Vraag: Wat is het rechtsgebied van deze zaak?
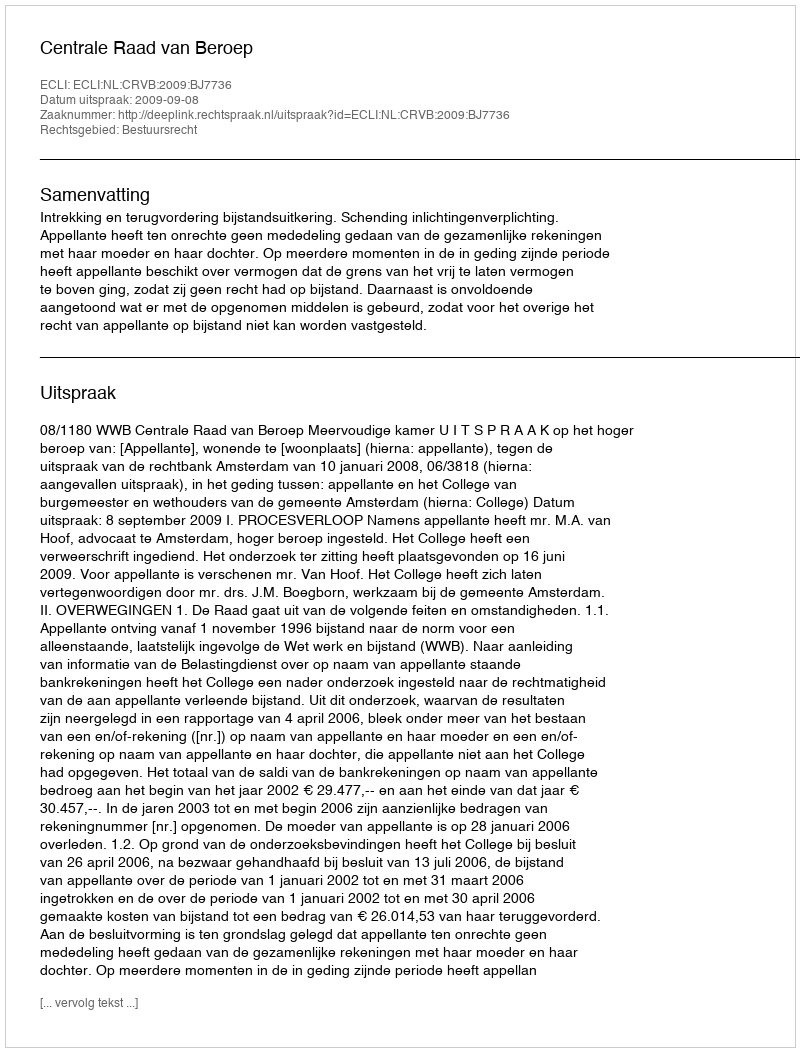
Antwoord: Bestuursrecht